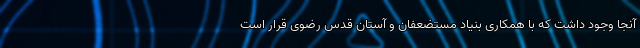
آنجا وجود داشت که با همکاری بنیاد مستضعفان و آستان قدس رضوی قرار است